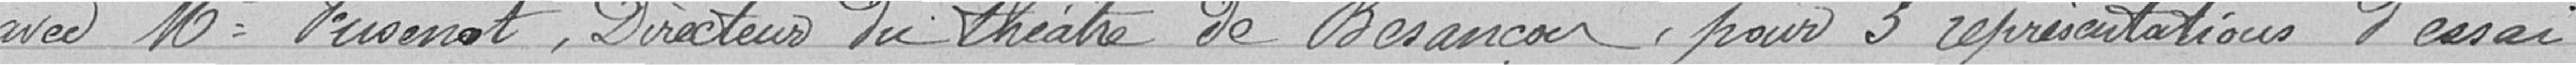
avec Monsieur Fuenot, Directeur du théâtre de Besançon, pour 3 représentations d'essai